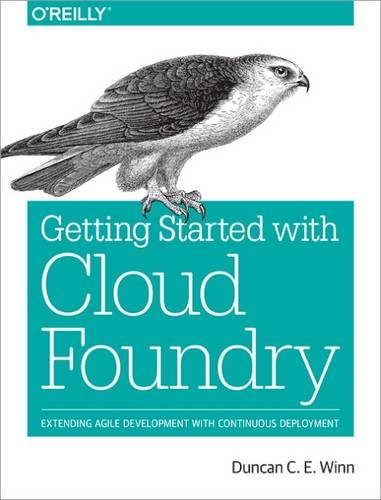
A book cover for Getting Started with Cloud Foundry: Extending Agile Development with Continuous Deployment; Duncan C. E. Winn; Computers & Technology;